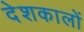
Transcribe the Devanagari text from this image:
देशकालों